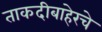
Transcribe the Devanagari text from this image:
ताकदीबाहेरचे